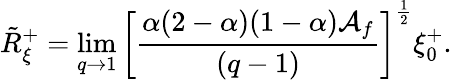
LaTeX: \tilde{R}_{\xi}^{+}=\operatorname*{lim}_{q\to 1}\left[\frac{\alpha(2-\alpha)(1-\alpha)\mathcal{A}_{f}}{(q-1)}\right]^{\frac{1}{2}}\xi_{0}^{+}.